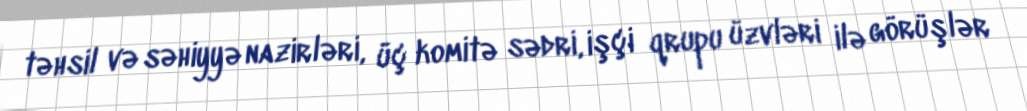
təhsil və səhiyyə nazirləri, üç komitə sədri, işçi qrupu üzvləri ilə görüşlər